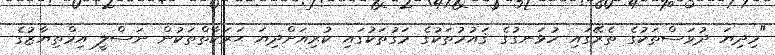
"މިދިޔަ ދުވަސްތަކުގެ ތެރޭގައި ހުޅަނގުގެ ޤައުމުތަކުގެ މަގުތަކުގައި ކުރިއަށްދިޔަ ޙަރަކާތްތަކުން ނަސްލީ އިމްތިޔާޒުގެ